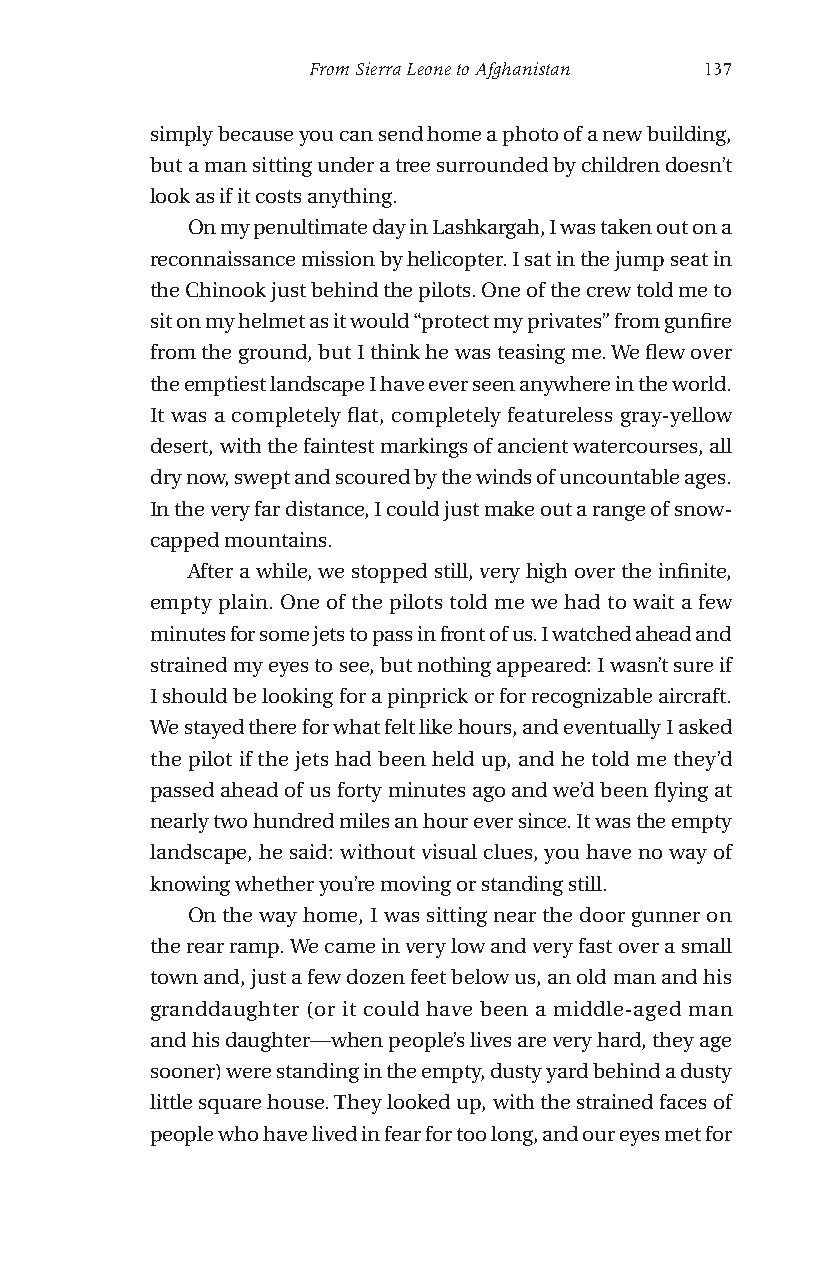
From Sierra Leone to Afghanistan 137
 simply because you can send home a photo of a new building,
 but a man sitting under a tree surrounded by children doesn’t
 look as if it costs anything.
 On my penultimate day in Lashkargah, I was taken out on a
 reconnaissance mission by helicopter. I sat in the jump seat in
 the Chinook just behind the pilots. One of the crew told me to
 sit on my helmet as it would “protect my privates” from gunfire
 from the ground, but I think he was teasing me. We flew over
 the emptiest landscape I have ever seen anywhere in the world.
 It was a completely flat, completely featureless gray-yellow
 desert, with the faintest markings of ancient watercourses, all
 dry now, swept and scoured by the winds of uncountable ages.
 In the very far distance, I could just make out a range of snow-
 capped mountains.
 After a while, we stopped still, very high over the infinite,
 empty plain. One of the pilots told me we had to wait a few
 minutes for some jets to pass in front of us. I watched ahead and
 strained my eyes to see, but nothing appeared: I wasn’t sure if
 I should be looking for a pinprick or for recognizable aircraft.
 We stayed there for what felt like hours, and eventually I asked
 the pilot if the jets had been held up, and he told me they’d
 passed ahead of us forty minutes ago and we’d been flying at
 nearly two hundred miles an hour ever since. It was the empty
 landscape, he said: without visual clues, you have no way of
 knowing whether you’re moving or standing still.
 On the way home, I was sitting near the door gunner on
 the rear ramp. We came in very low and very fast over a small
 town and, just a few dozen feet below us, an old man and his
 granddaughter (or it could have been a middle-aged man
 and his daughter—when people’s lives are very hard, they age
 sooner) were standing in the empty, dusty yard behind a dusty
 little square house. They looked up, with the strained faces of
 people who have lived in fear for too long, and our eyes met for